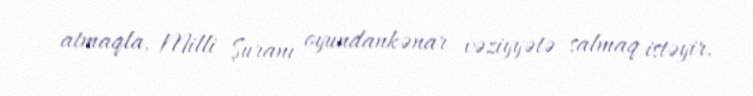
atmaqla, Milli Şuranı oyundankənar vəziyyətə salmaq istəyir.